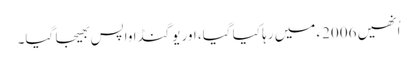
اُنھیں 2006ء میں رہا کیا گیا، اور یوگنڈا واپس بھیجا گیا۔